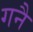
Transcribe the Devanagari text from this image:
गनै